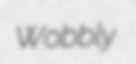
Wobbly